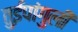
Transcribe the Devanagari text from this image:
तुईपांगुली